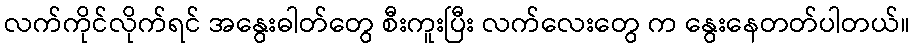
လက်ကိုင်လိုက်ရင် အနွေးဓါတ်တွေ စီးကူးပြီး လက်လေးတွေ က နွေးနေတတ်ပါတယ်။